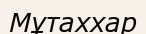
Мұтаххар